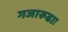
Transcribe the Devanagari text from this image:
गजारूढाः